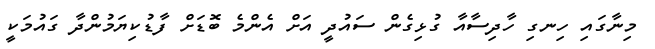
މިނާގައި ހިނގި ހާދިސާއާ ގުޅިގެން ސައުދީ އަށް އެންމެ ބޮޑަށް ފާޑުކިޔަމުންދާ ގައުމަކީ